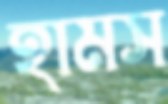
হামস